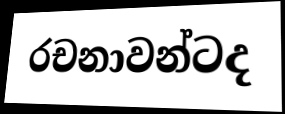
රචනාවන්ටද